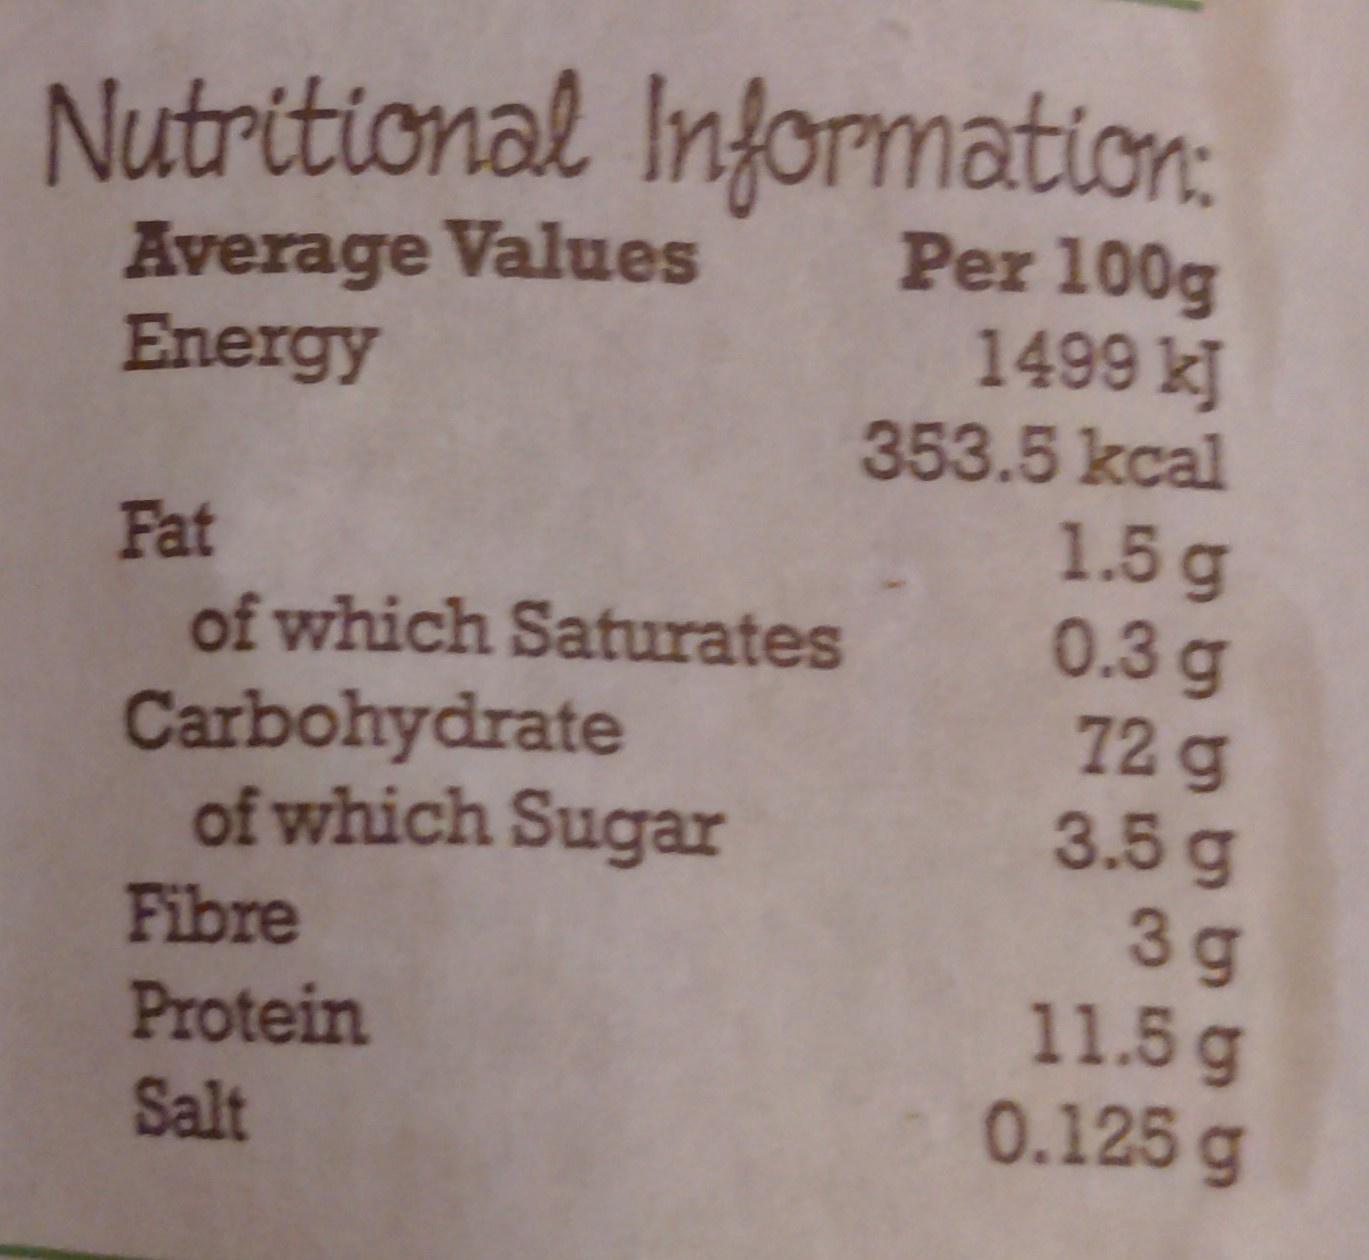
Nutritional Information: Per 100g 1499 kJ
Average Values Energy
353.5 kcal 1.5g 0.3g 72 g 3.5g 3 g 11.5g 0.125 g
Fat
of which Saturates
Carbohydrate of which Sugar
Fibre
Protein
Salt